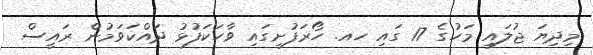
މިދިޔަ ޖުލައި މަހުގެ 17 ގައި ހއ. ހޯރަފުށީގައި ވާހަކަފުޅު ދައްކަވަމުން ރައީސް